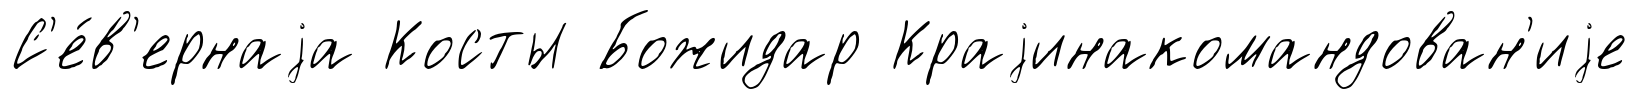
С'е́в'ернаjа Косты Божидар Краjинакомандован'иjе